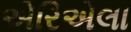
એરિએલા